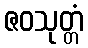
ဇဝသုတ္တံ